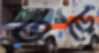
ওড়ে